Annual administration report of the Civil Veterinary Department of India - 1899-1900
Year: 1899
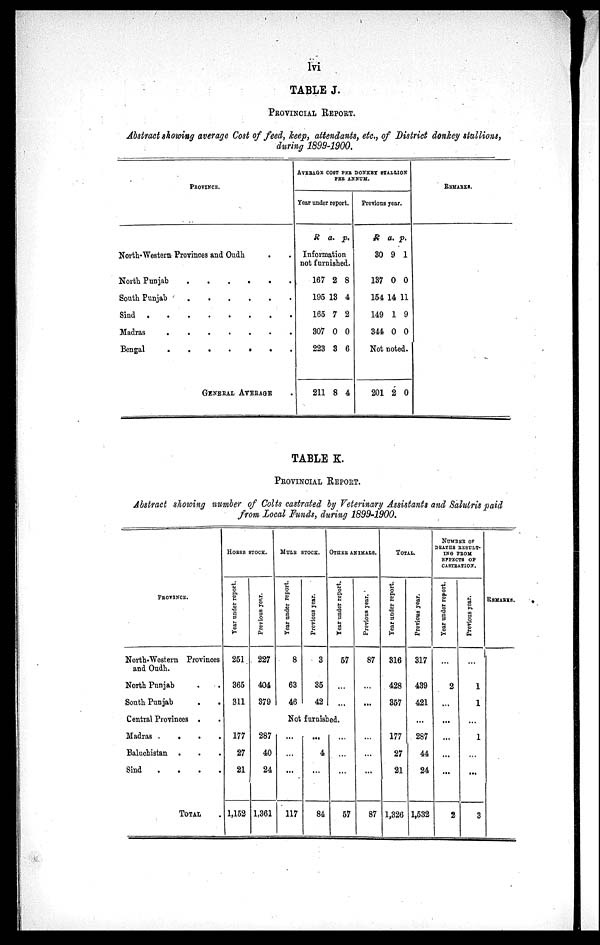
lvi
TABLE J.
PROVINCIAL REPORT.
Abstract showing average Cost of feed, keep, attendants, etc., of District donkey stallions,
during 1899-1900.
PROVINCE.
North-Western Provinces and Oudh . .
North Punjab. . . . . . . . .
South Punjab
.
.
.
.
.
.
.
.
Sind. . . . . . .
Madras. . . . . .
Bengal
.
.
.
.
.
.
.
GENERAL AVERAGE .
AVERAGE COST PER
PER DONKEY STALLION
ANNUM.
Year under report.
R a. p.
Information
not furnished.
167
195
165
307
223
211
2
13
7
0
3
8
8
4
2
0
6
4
Previous year.
R
30
137
154
149
344
a.
9
0
14
1
0
p.
1
0
11
9
0
Not noted.
201 2 0
REMARKS.
TABLE K.
PROVINCIAL REPORT.
Abstract showing number of Colts castrated by Veterinary Assistants and Salutris paid
from Local Funds, during 1899-1900.
PROVINCE.
North-Western Provinces
and Oudh.
North Punjab . .
South Punjab
.
.
Central Provinces . .
Madras
.
. . .
Baluchistan . . .
Sind . . . .
TOTAL .
HORSE STOCK
Year under report.
251
365
311
177
27
21
1,152
Previous year.
227
404
379
287
40
24
1,361
MULE STOCK
Year under report.
8
63
46
Previous year.
3
35
42
OTHER ANIMALS.
Year under report.
57
...
...
Not furnished.
...
...
...
117
...
4
...
84
...
...
...
57
Previous year.
87
...
...
...
...
...
87
TOTAL.
Year under report.
316
428
357
177
27
21
1,326
Previous year.
317
439
421
...
287
44
24
1,532
NUMBER OF
DEATHS RESULT-
ING FROM
EFFECTS OF
CASTRATION.
Year under report.
...
2
...
...
...
...
...
2
Previous year.
...
1
1
...
1
...
...
3
REMARKS.